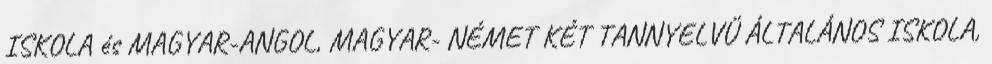
ISKOLA és MAGYAR-ANGOL, MAGYAR- NÉMET KÉT TANNYELVŰ ÁLTALÁNOS ISKOLA,